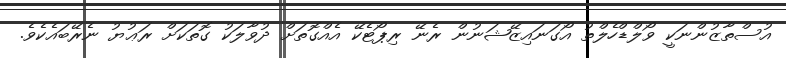
އުސްތާޒުންނަކީ ވޯލްޑްހެލްތު އޯގަނައިޒޭޝަނުން ރެނޭ ރިޕޯޓެކޭ އެއްގޮތަށް ދުވާލަކު ގޮތަކަށް ރަޢުޔު ނެރޭބައެކެވެ.